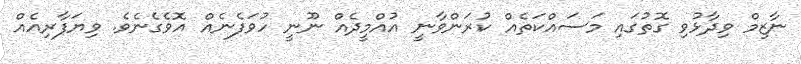
ނާޒިމް ވިދާޅުވި ގޮތުގައި މަސައްކަތެއް ކުރަންވާނީ އުއްމީދެއް ނޫނީ ހުވަފެނެއް އޮވެގެނެވެ. ވިޔަފާރިއެއް